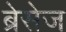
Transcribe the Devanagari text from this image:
ब्रेसेज